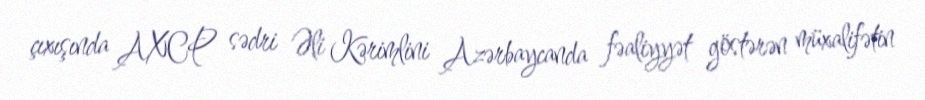
çıxışında AXCP sədri Əli Kərimlini Azərbaycanda fəaliyyət göstərən müxalifətin